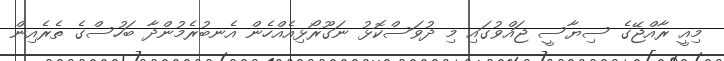
މިއީ ރާއްޖޭގެ ސިޔާސީ ޖައްވުގައި މި ދުވަސްކޮޅު ނަގޫރޯޅިއެއްހެން އެނބުރެމުންދާ ބަހުސްގެ ތެރެއިން